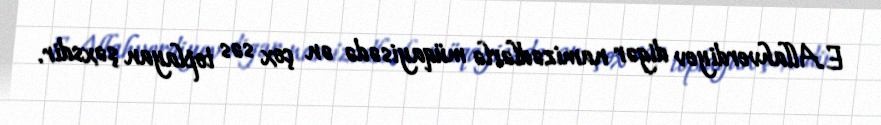
E.Allahverdiyev digər namizədlərlə müqayisədə ən çox səs toplayan şəxsdir.